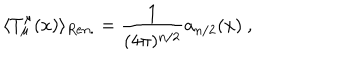
\langle T _ { \mu } ^ { \mu } ( x ) \rangle _ { R e n . } = \frac 1 { ( 4 \pi ) ^ { n / 2 } } a _ { n / 2 } ( x ) \ ,